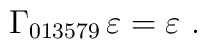
\Gamma_{013579}\, \varepsilon = \varepsilon~.